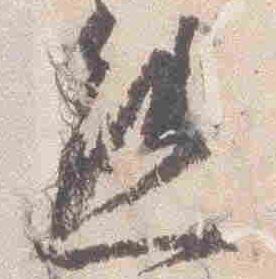
熊